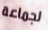
لجماعة